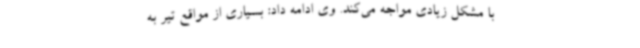
با مشکل زیادی مواجه می‌کند. وی ادامه‌ داد: بسیاری از مواقع تیر به